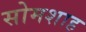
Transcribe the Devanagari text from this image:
सोमशाह